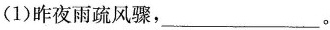
(1)昨夜雨疏风骤，___。